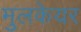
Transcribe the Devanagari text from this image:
मुलकेयर